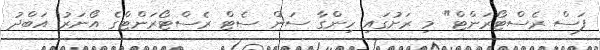
ފަސް ރެސްޓޯރަންޓް" މި ރަށުގައި ހިންގާ ސަން ސެޓް ރެސްޓޯރަަންޓްގެ އޯނަރު އަބްދު